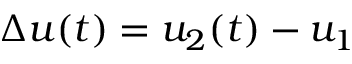
\Delta u ( t ) = u _ { 2 } ( t ) - u _ { 1 }